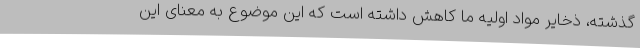
گذشته، ذخایر مواد اولیه ما کاهش داشته است که این موضوع به معنای این